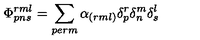
\Phi _ { p n s } ^ { r m l } = \sum _ { p e r m } \alpha _ { ( r m l ) } \delta _ { p } ^ { r } \delta _ { n } ^ { m } \delta _ { s } ^ { l }